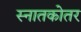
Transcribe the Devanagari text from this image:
स्‍नातकोतर